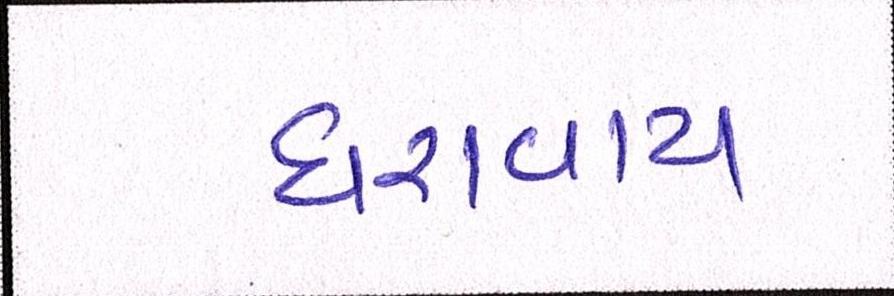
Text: ધરાવાય